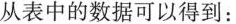
从表中的数据可以得到：